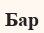
Бар